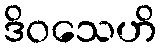
ဒိဝသေဟိ